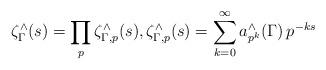
LaTeX: \begin{align*} \zeta_\Gamma^\wedge(s) = \prod_{p} \zeta_{\Gamma,p}^\wedge(s), \zeta_{\Gamma,p}^\wedge(s) = \sum_{k=0}^\infty a_{p^k}^\wedge(\Gamma) \, p^{-ks}\end{align*}